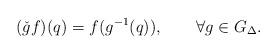
LaTeX: \begin{align*}(\check{g}f)(q)=f(g^{-1}(q)),\qquad \forall g\in G_{\Delta}.\end{align*}